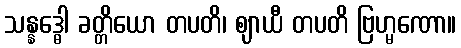
သန္နဒ္ဓေါ ခတ္တိယော တပတိ၊ ဈာယီ တပတိ ဗြဟ္မဏော။